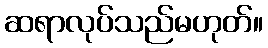
ဆရာလုပ်သည်မဟုတ်။